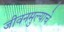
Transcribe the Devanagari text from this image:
जीवनमुल्याचे